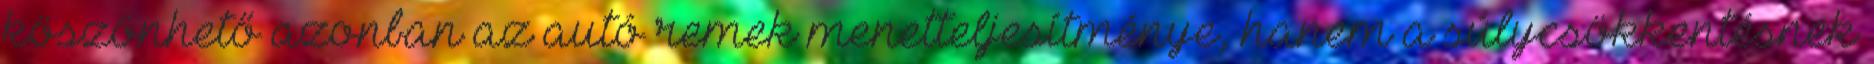
köszönhető azonban az autó remek menetteljesítménye, hanem a súlycsökkentésnek